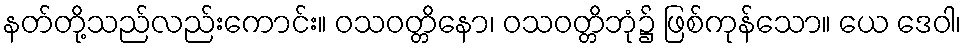
နတ်တို့သည်လည်းကောင်း။ ဝသဝတ္တိနော၊ ဝသဝတ္တိဘုံ၌ ဖြစ်ကုန်သော။ ယေ ဒေဝါ၊